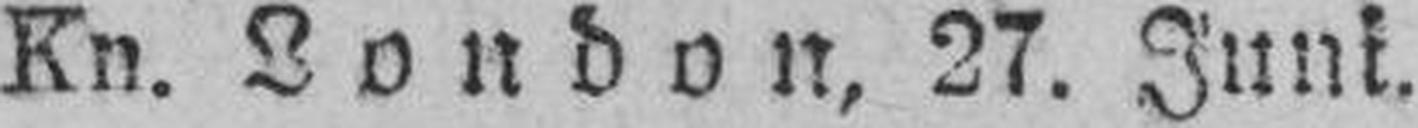
Kn. London, 27. Juni.